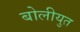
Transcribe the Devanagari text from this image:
बोलीयुत